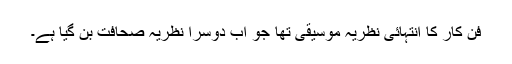
فن کار کا انتہائی نظریہ موسیقی تھا جو اب دوسرا نظریہ صحافت بن گیا ہے۔